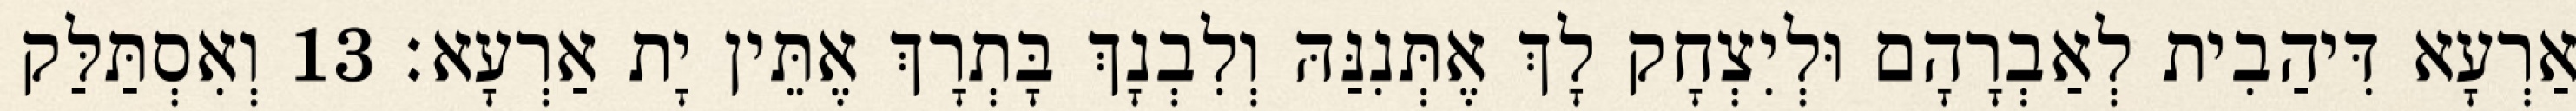
אַרְעָא דִּיהַבִית לְאַבְרָהָם וּלְיִצְחָק לָךְ אֶתְּנִנַּהּ וְלִבְנָךְ בָּתְרָךְ אֶתֵּין יָת אַרְעָא׃ 13 וְאִסְתַּלַּק